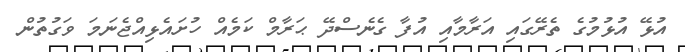
އުޅޭ އުޅުމުގެ ތެރޭގައި އަރާމާއި އުފާ ގެނެސްދޭ ޙަރާމް ކަމެއް ހުށައެޅިއްޖެނަމަ ވަގުތުން